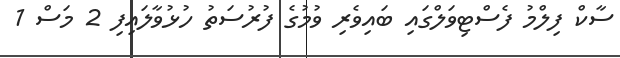
ސާކް ފިލްމު ފެސްޓިވަލްގައި ބައިވެރި ވުމުގެ ފުރުސަތު ހުޅުވާލައިފި 2 މަސް 1